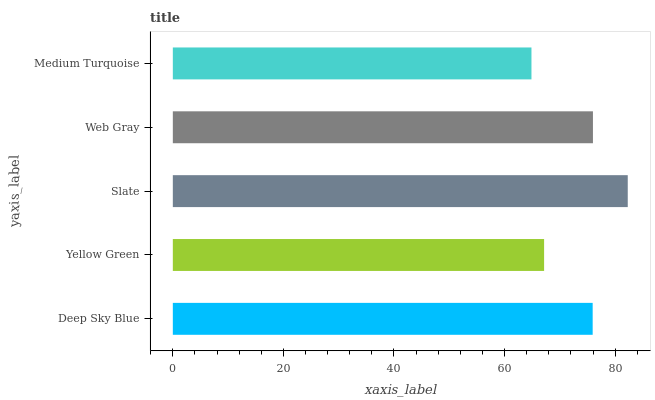
| yaxis_label | bars |
 | --- | --- |
 | Deep Sky Blue | 75.9 |
 | Yellow Green | 67.2 |
 | Slate | 82.3 |
 | Web Gray | 76 |
 | Medium Turquoise | 64.9 |